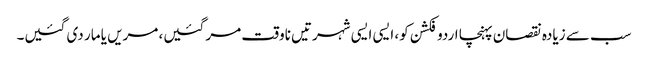
سب سے زیادہ نقصان پہنچا اردو فکشن کو، ایسی ایسی شہرتیں ناوقت مر گئیں، مریں یا مار دی گئیں۔